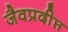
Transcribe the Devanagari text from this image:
जैवप्रदीप्त